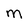
Character: m